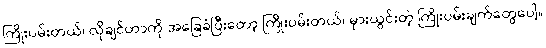
ကြိုးပမ်းတယ်၊ လိုချင်တာကို အခြေခံပြီးတော့ ကြိုးပမ်းတယ်၊ မှားယွင်းတဲ့ ကြိုးပမ်းချက်တွေပေါ့။